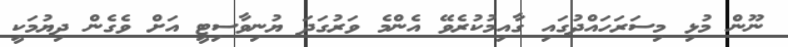
ނޫން މުޅި މިސަރަހައްދުގައި ގާއިމުކުރެވޭ އެންމެ ވަރުގަދަ ޔުނިވާސިޓީ އަށް ވެގެން ދިޔުމަކީ